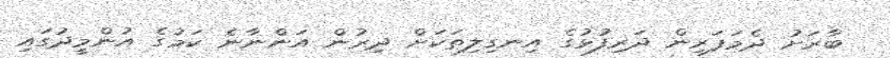
ބާރަށު ދެމަފަރިން ދަރިފުޅުގެ އިނގިލިތަކަށް ދިރުން އަންނާނެ ކަމުގެ އުންމީދުގައި